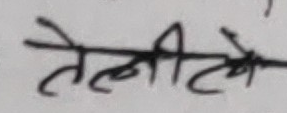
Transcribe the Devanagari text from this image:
तेलीचे